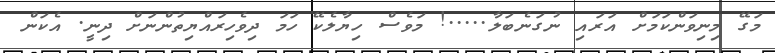
މަގޭ މިނިވަންކަމަށް އަރައި ނުގަނެބަލާ.....! މަވެސް ހިޔާލެކޭ ހަމަ ދިވެހިރައްޔިތުންނަށް ދިނީ. އެކަން